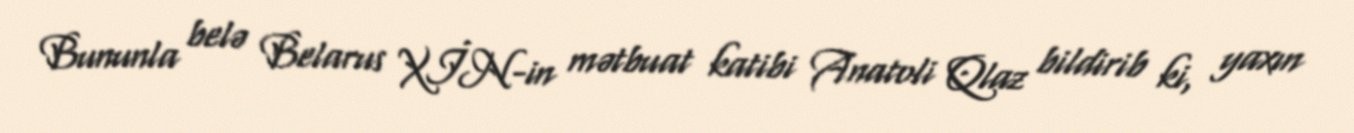
Bununla belə Belarus XİN-in mətbuat katibi Anatoli Qlaz bildirib ki, yaxın